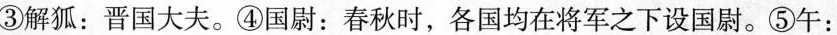
③解狐：晋国大夫。④国尉：春秋时，各国均在将军之下设国尉。⑤午：